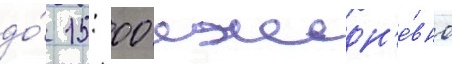
до́ 15: 00 ежедн'е́вно